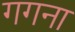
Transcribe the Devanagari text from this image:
गगना